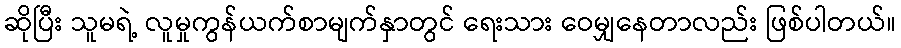
ဆိုပြီး သူမရဲ့ လူမှုကွန်ယက်စာမျက်နှာတွင် ရေးသား ဝေမျှနေတာလည်း ဖြစ်ပါတယ်။